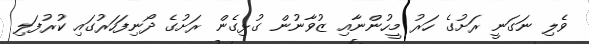
ވެލި ނަގަނީ ރަށުގެ ހަރު މީހުންނާއި ޒުވާނުން ގުޅިގެން ރަށުގެ ދޯނިފަހަރުގައި ކުރުފަލި